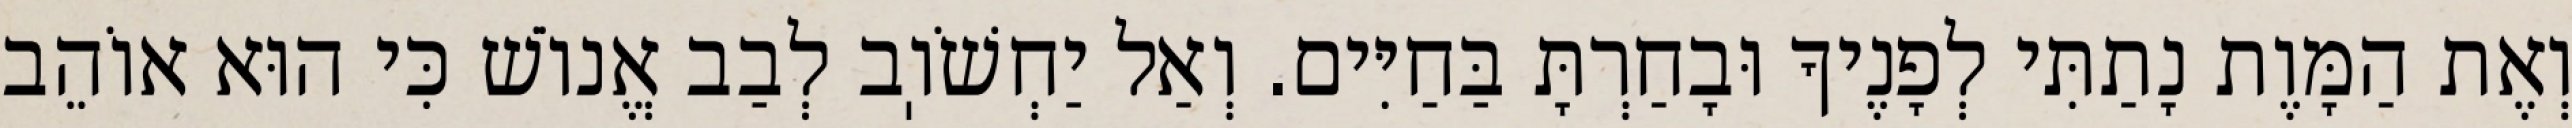
וְאֶת הַמָּוֶת נָתַתִּי לְפָנֶיךָ וּבָחַרְתָּ בַּחַיִּים. וְאַל יַחְשֹׁוֽב לְבַב אֱנוֹשׁ כִּי הוּא אוֹהֵב